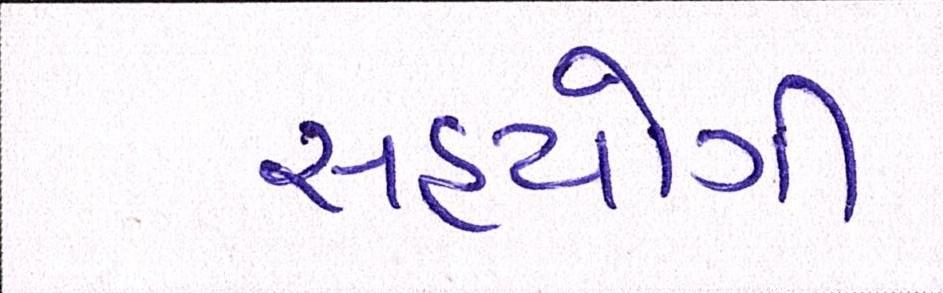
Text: સહયોગી